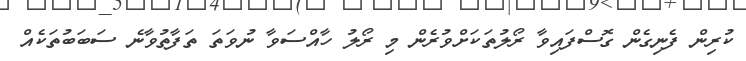
ކުރިން ފެނިގެން ގޮސްފައިވާ ރޯލުތަކަށްވުރެން މި ރޯލު ހާއްސަވާ ނުވަތަ ތަފާތުވާނެ ސަބަބުތަކެއް